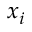
x _ { i }